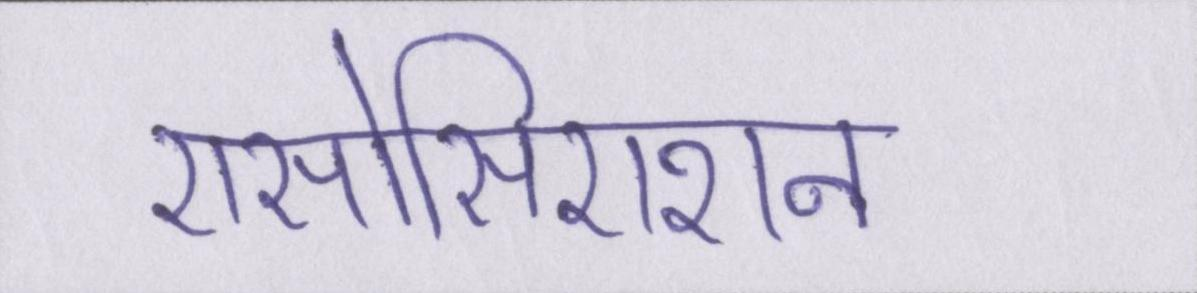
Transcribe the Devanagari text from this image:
एसोसिएशन